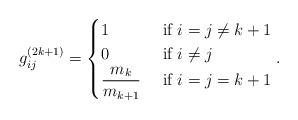
LaTeX: \begin{align*}g_{ij}^{(2k+1)}=\begin{cases}1 & \mbox{ if }i=j\not=k+1 \\ 0 & \mbox{ if }i\not=j \\ \dfrac{m_{k}}{m_{k+1}} & \mbox{ if }i=j=k+1\end{cases}.\end{align*}